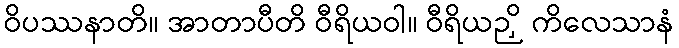
ဝိပဿနာတိ။ အာတာပီတိ ဝီရိယဝါ။ ဝီရိယဉှိ ကိလေသာနံ